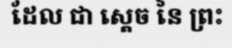
ដែល ជា ស្តេច នៃ ព្រះ